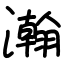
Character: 瀚